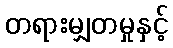
တရားမျှတမှုနှင့်